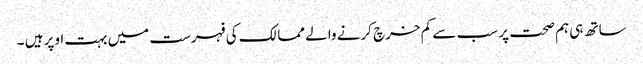
ساتھ ہی ہم صحت پر سب سے کم خرچ کرنے والے ممالک کی فہرست میں بہت اوپر ہیں ۔